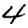
Digit: 4